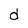
Character: d